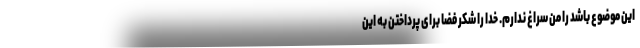
این موضوع باشد را من سراغ ندارم. خدا را شکر فضا برای پرداختن به این